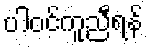
ပါဝင်ကူညီရန်